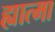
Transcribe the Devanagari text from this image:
ह्यात्मा